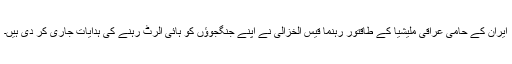
ایران کے حامی عراقی ملیشیا کے طاقتور رہنما قیس الخزالی نے اپنے جنگجوؤں کو ہائی الرٹ رہنے کی ہدایات جاری کر دی ہیں۔